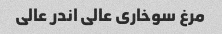
مرغ سوخاری عالی اندر عالی